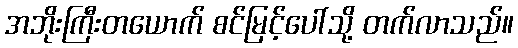
အဘိုးကြီးတယောက် စင်မြင့်ပေါ်သို့ တက်လာသည်။